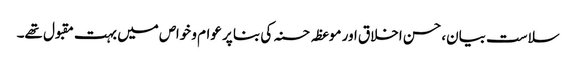
سلاست بیان، حسن اخلاق اور موعظہ حسنہ کی بنا پر عوام و خواص میں بہت مقبول تھے۔